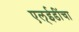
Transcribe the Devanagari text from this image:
एल्‌ईडींचा